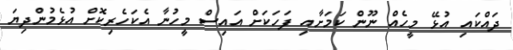
ދައްކައި އުޅޭ މީހެއް ނޫން ކަމަށާއި ފަހަކަށް އައިސް މީހުނާ އެކަހެރިކޮށް އުޅެމުންދިޔަ